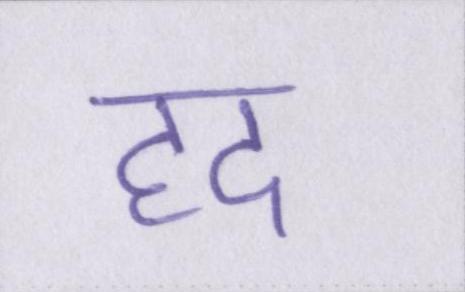
हद